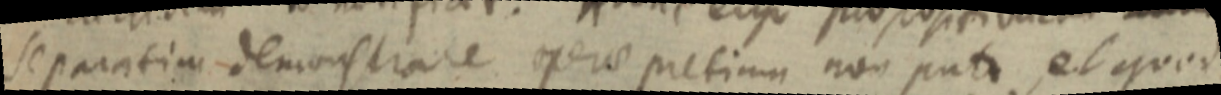
separatim demonstrare opere pretium non puti, et quod